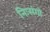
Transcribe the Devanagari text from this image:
निःसंगो